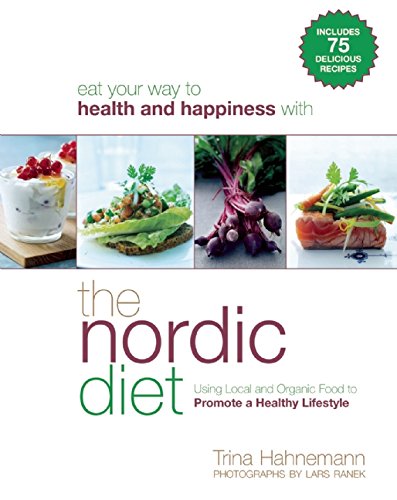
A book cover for The Nordic Diet: Using Local and Organic Food to Promote a Healthy Lifestyle; Trina Hahnemann; Cookbooks, Food & Wine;